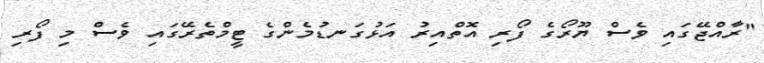
"ރާއްޖޭގައި ވެސް ޔޫރޯގެ ފޯރި އޮތްއިރު އަޅުގަނޑުމެންގެ ޓީމްތެރޭގައި ވެސް މި ފޯރި